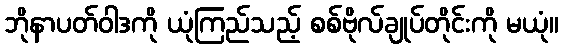
ဘိုနာပတ်ဝါဒကို ယုံကြည်သည့် စစ်ဗိုလ်ချုပ်တိုင်းကို မယုံ။